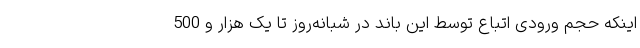
اینکه حجم ورودی اتباع توسط این باند در شبانه‌روز تا یک هزار و 500